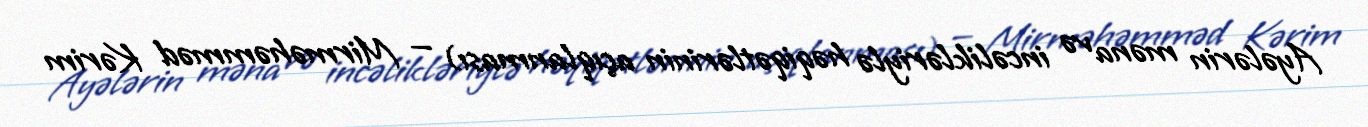
Ayələrin məna və incəlikləriylə həqiqətlərinin açıqlanması) — Mirməhəmməd Kərim